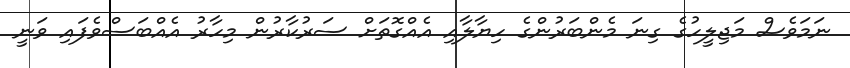
ނަމަވެސް މަޖިލީހުގެ ގިނަ މެންބަރުންގެ ހިޔާލާއި އެއްގޮތަށް ސަރުކާރުން މިހާރު އެއްބަސްވެފައި ވަނީ